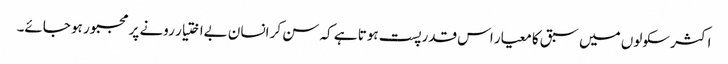
اکثر سکولوں میں سبق کا معیار اس قدر پست ہوتا ہے کہ سن کر انسان بےاختیار رونے پر مجبور ہو جائے۔